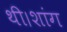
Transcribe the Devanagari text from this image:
थी।शांग